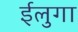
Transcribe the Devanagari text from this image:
ईलुगा